Civil Veterinary Department Bihar reports 1940-50 - 1940-1950
Year: 1940
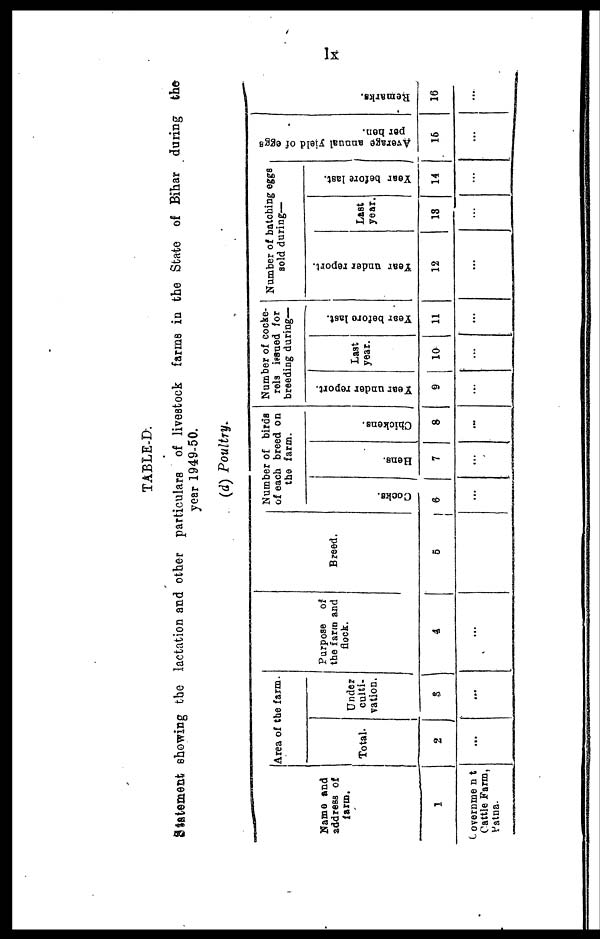
lx
TABLE-D
Statement showing the lactation and other particulars of livestock farms in the State of Bihar during the
year 1949-50.
(d) Poultry.
Name and
address of
farm.
1
Government
Cattle Farm,
Patna-
Area of the farm.
Total.
2
…
Under
culti-
vation.
3
…
Purpose of
the farm and
flock.
4
…
Breed.
5
Number of birds
of each breed on
the farm.
Cocks.
6
…
Hens.
7
…
Chickens
8
…
Number of cocke-
rels issued for
breeding during—
Year under report.
9
…
Last
year.
10
…
Year before last.
11
…
Number of batching eggs
Bold during—
Year under report.
12
…
Last
year.
13
…
Year before last.
14
…
Average annual yield of eggs
per hen.
15
…
Remarks.
16
…